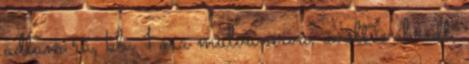
adtam rá, kb. 1 óra múlva sírva, üvöltve ébredt,